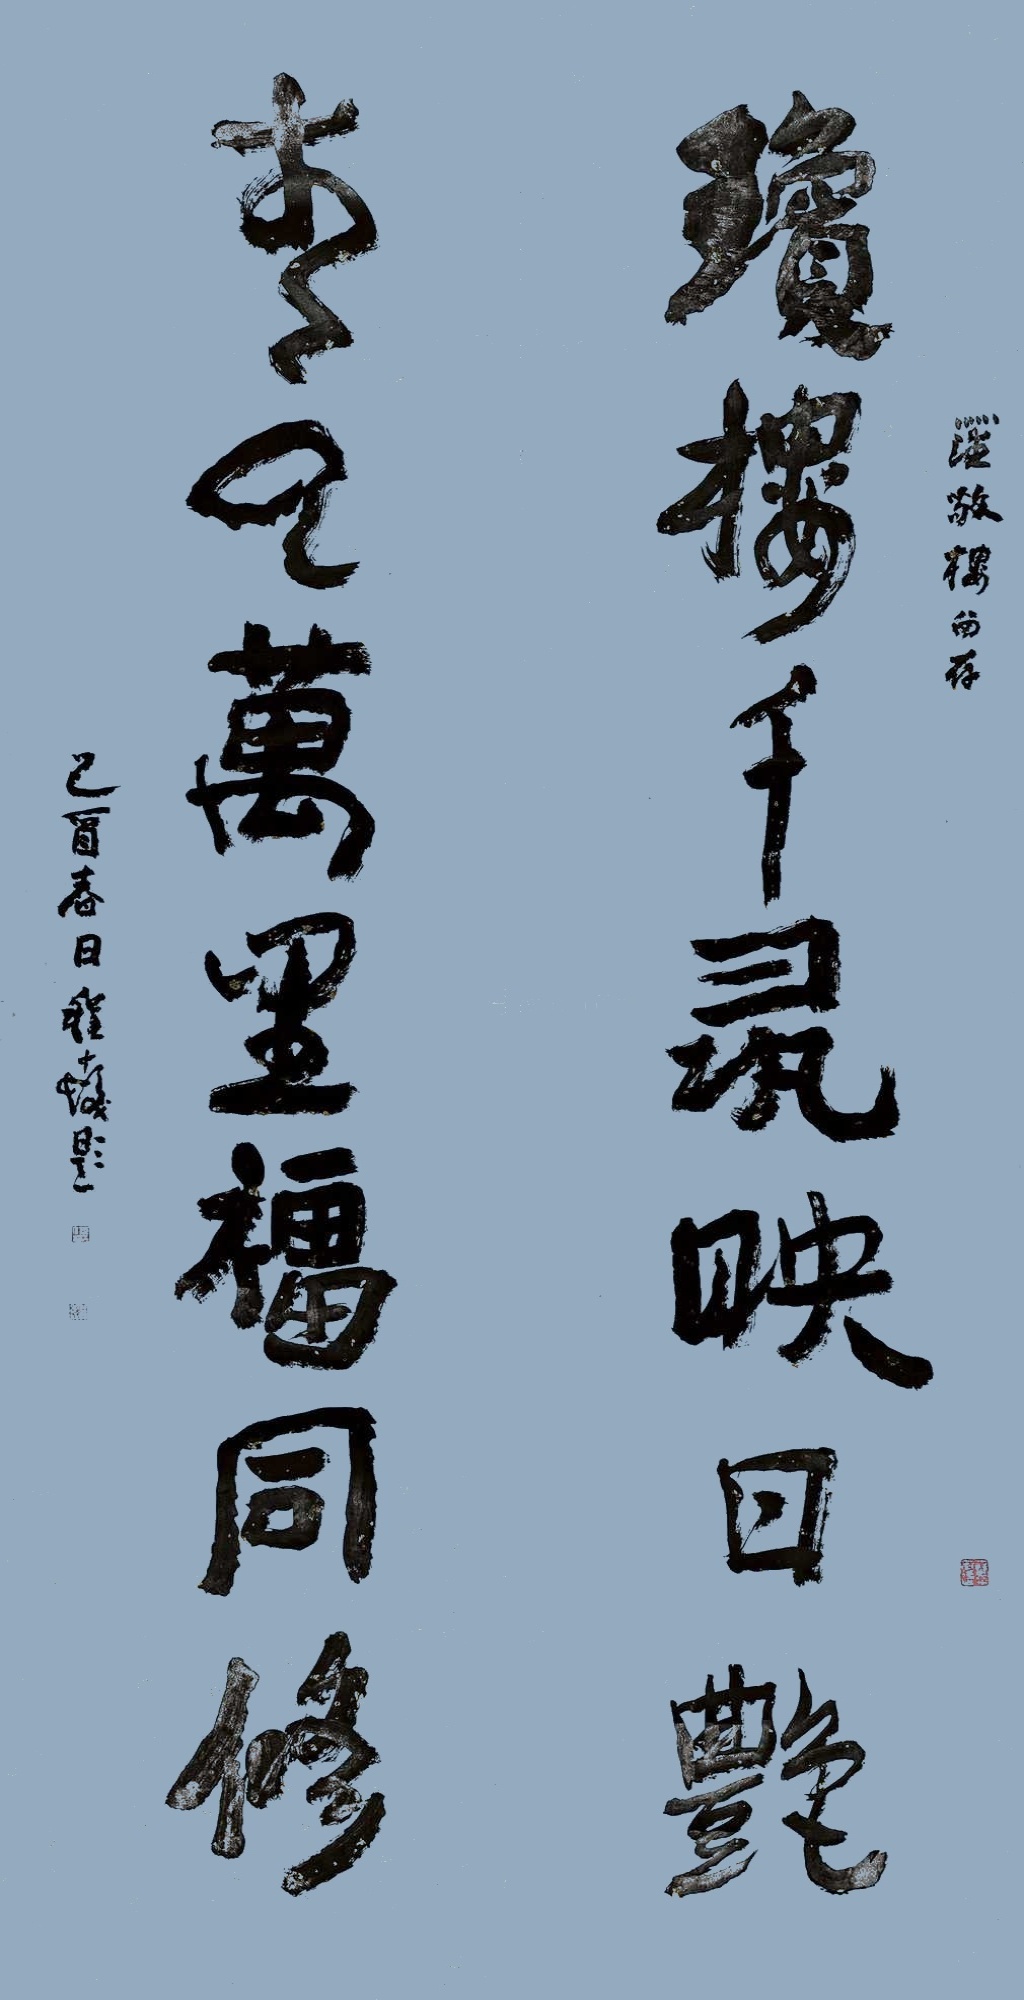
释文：琼楼千寻映日艳，青云万里福同修。罗敬楼留存，乙酉春日，程十发题。